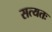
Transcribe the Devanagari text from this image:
सत्यतः